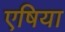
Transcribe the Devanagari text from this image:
एषिया